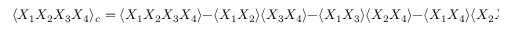
\langle X _ { 1 } X _ { 2 } X _ { 3 } X _ { 4 } \rangle _ { c } = \langle X _ { 1 } X _ { 2 } X _ { 3 } X _ { 4 } \rangle - \langle X _ { 1 } X _ { 2 } \rangle \langle X _ { 3 } X _ { 4 } \rangle - \langle X _ { 1 } X _ { 3 } \rangle \langle X _ { 2 } X _ { 4 } \rangle - \langle X _ { 1 } X _ { 4 } \rangle \langle X _ { 2 } X _ { 3 } \rangle